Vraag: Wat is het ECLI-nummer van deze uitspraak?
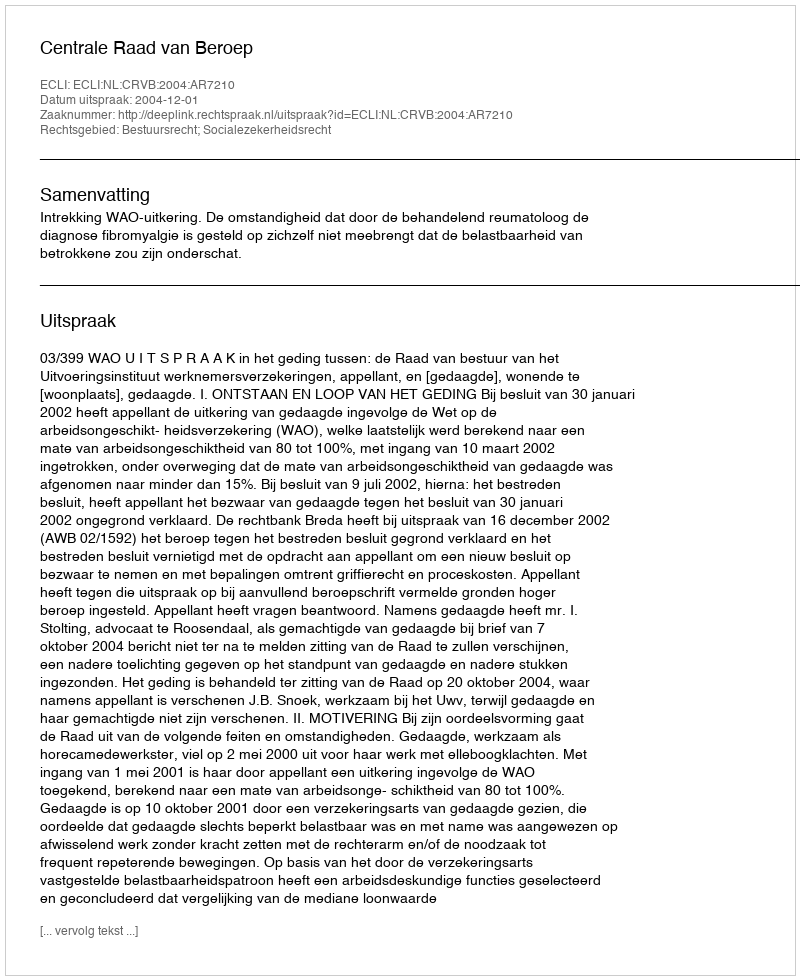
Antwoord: ECLI:NL:CRVB:2004:AR7210